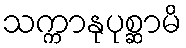
သက္ကာနုပုစ္ဆာမိ